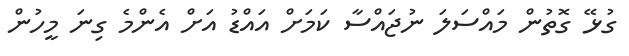
ގުޅޭ ގޮތުން މައްސަލަ ނުޖައްސާ ކަމަށް އައްޑު އަށް އެންމެ ގިނަ މީހުން